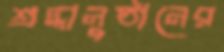
শ্রদ্ধানুষ্ঠানের